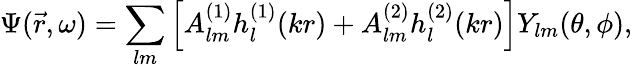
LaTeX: \Psi({\vec{r}},\omega)=\sum_{lm}\left[A_{lm}^{(1)}h_{l}^{(1)}(kr)+A_{lm}^{(2)}h_{l}^{(2)}(kr)\right]Y_{lm}(\theta,\phi),